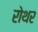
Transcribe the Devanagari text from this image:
रोथर